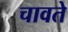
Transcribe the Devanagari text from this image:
चावते